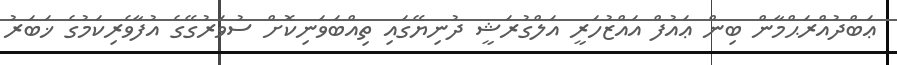
ޢަބްދުއްރަޙްމާން ބިން ޢައުފް އައްޒުހަރީ އަލްގުރަޝީ ދުނިޔޭގައި ތިއްބަވަނިކޮށް ސުވަރުގޭގެ އުފާވެރިކަމުގެ ޚަބަރު